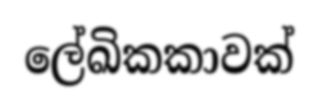
ලේඛිකකාවක්